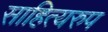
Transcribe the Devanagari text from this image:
साहित्यरुप